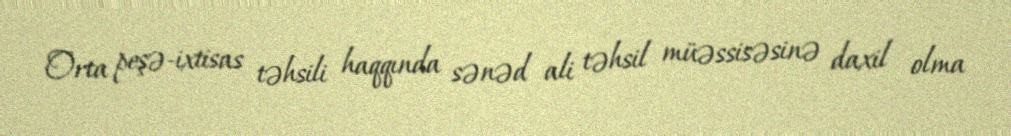
Orta peşə-ixtisas təhsili haqqında sənəd ali təhsil müəssisəsinə daxil olma